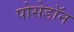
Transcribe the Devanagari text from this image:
पोसेडॉन